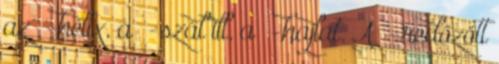
az α-hélix, a β-szál ill. a β-hajlat. A β-redőzött